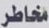
مخاطر